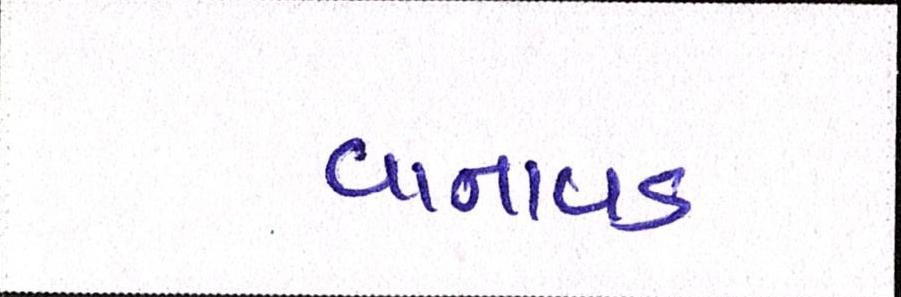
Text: વાનાવડ